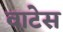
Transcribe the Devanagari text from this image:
वाटेस